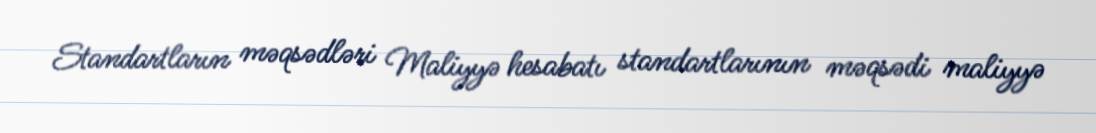
Standartların məqsədləri Maliyyə hesabatı standartlarının məqsədi maliyyə